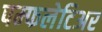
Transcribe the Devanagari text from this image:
पम्फलेटिअर